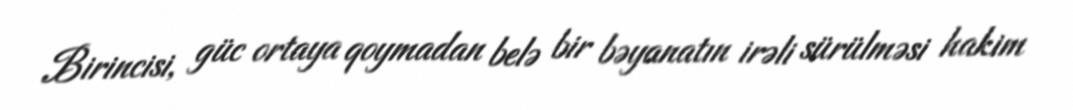
Birincisi, güc ortaya qoymadan belə bir bəyanatın irəli sürülməsi hakim